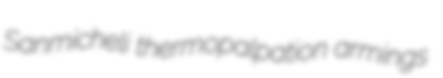
Sanmicheli thermopalpation armings